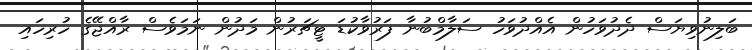
ބަލިނުވިޔަސް ދެދުވަހުން އެއްދުވަހު ސަލާމްބުނާ ފަރުވާކުޑަ ޓީޗަރުން މަދުން ނަމަވެސް ރާއްޖޭގެ ހުރިހައި